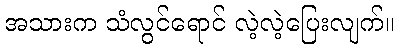
အသားက သံလွင်ရောင် လဲ့လဲ့ပြေးလျက်။